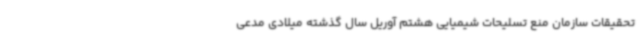
تحقیقات سازمان منع تسلیحات شیمیایی هشتم آوریل سال گذشته میلادی مدعی